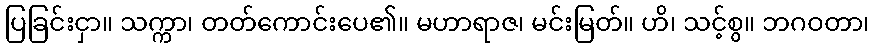
ပြခြင်းငှာ။ သက္ကာ၊ တတ်ကောင်းပေ၏။ မဟာရာဇ၊ မင်းမြတ်။ ဟိ၊ သင့်စွ။ ဘဂဝတာ၊